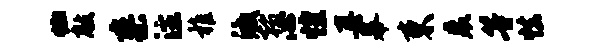
恤敲寥注稚激翰心惶真幕束裘等怯